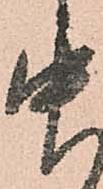
中